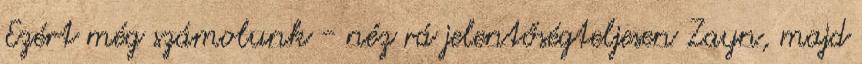
Ezért még számolunk - néz rá jelentőségteljesen Zayn, majd